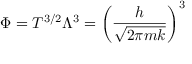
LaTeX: \Phi = T ^ { 3 / 2 } \Lambda ^ { 3 } = \left( { \frac { h } { \sqrt { 2 \pi m k } } } \right) ^ { 3 }